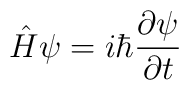
\hat{H}\psi=i\hbar\frac{\partial\psi}{\partial t}